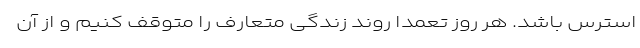
استرس باشد. هر روز تعمداً روند زندگی متعارف را متوقف کنیم و از آن